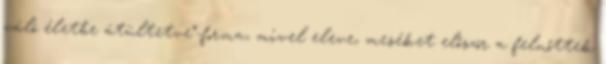
váló életbe átültetve”-forma, mivel eleve, meséket először a felnőttek